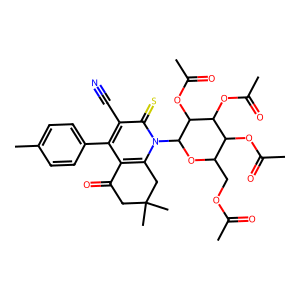
SMILES: CC(=O)OCC1OC(n2c3c(c(-c4ccc(C)cc4)c(C#N)c2=S)C(=O)CC(C)(C)C3)C(OC(C)=O)C(OC(C)=O)C1OC(C)=O
Inhibits HIV replication: No